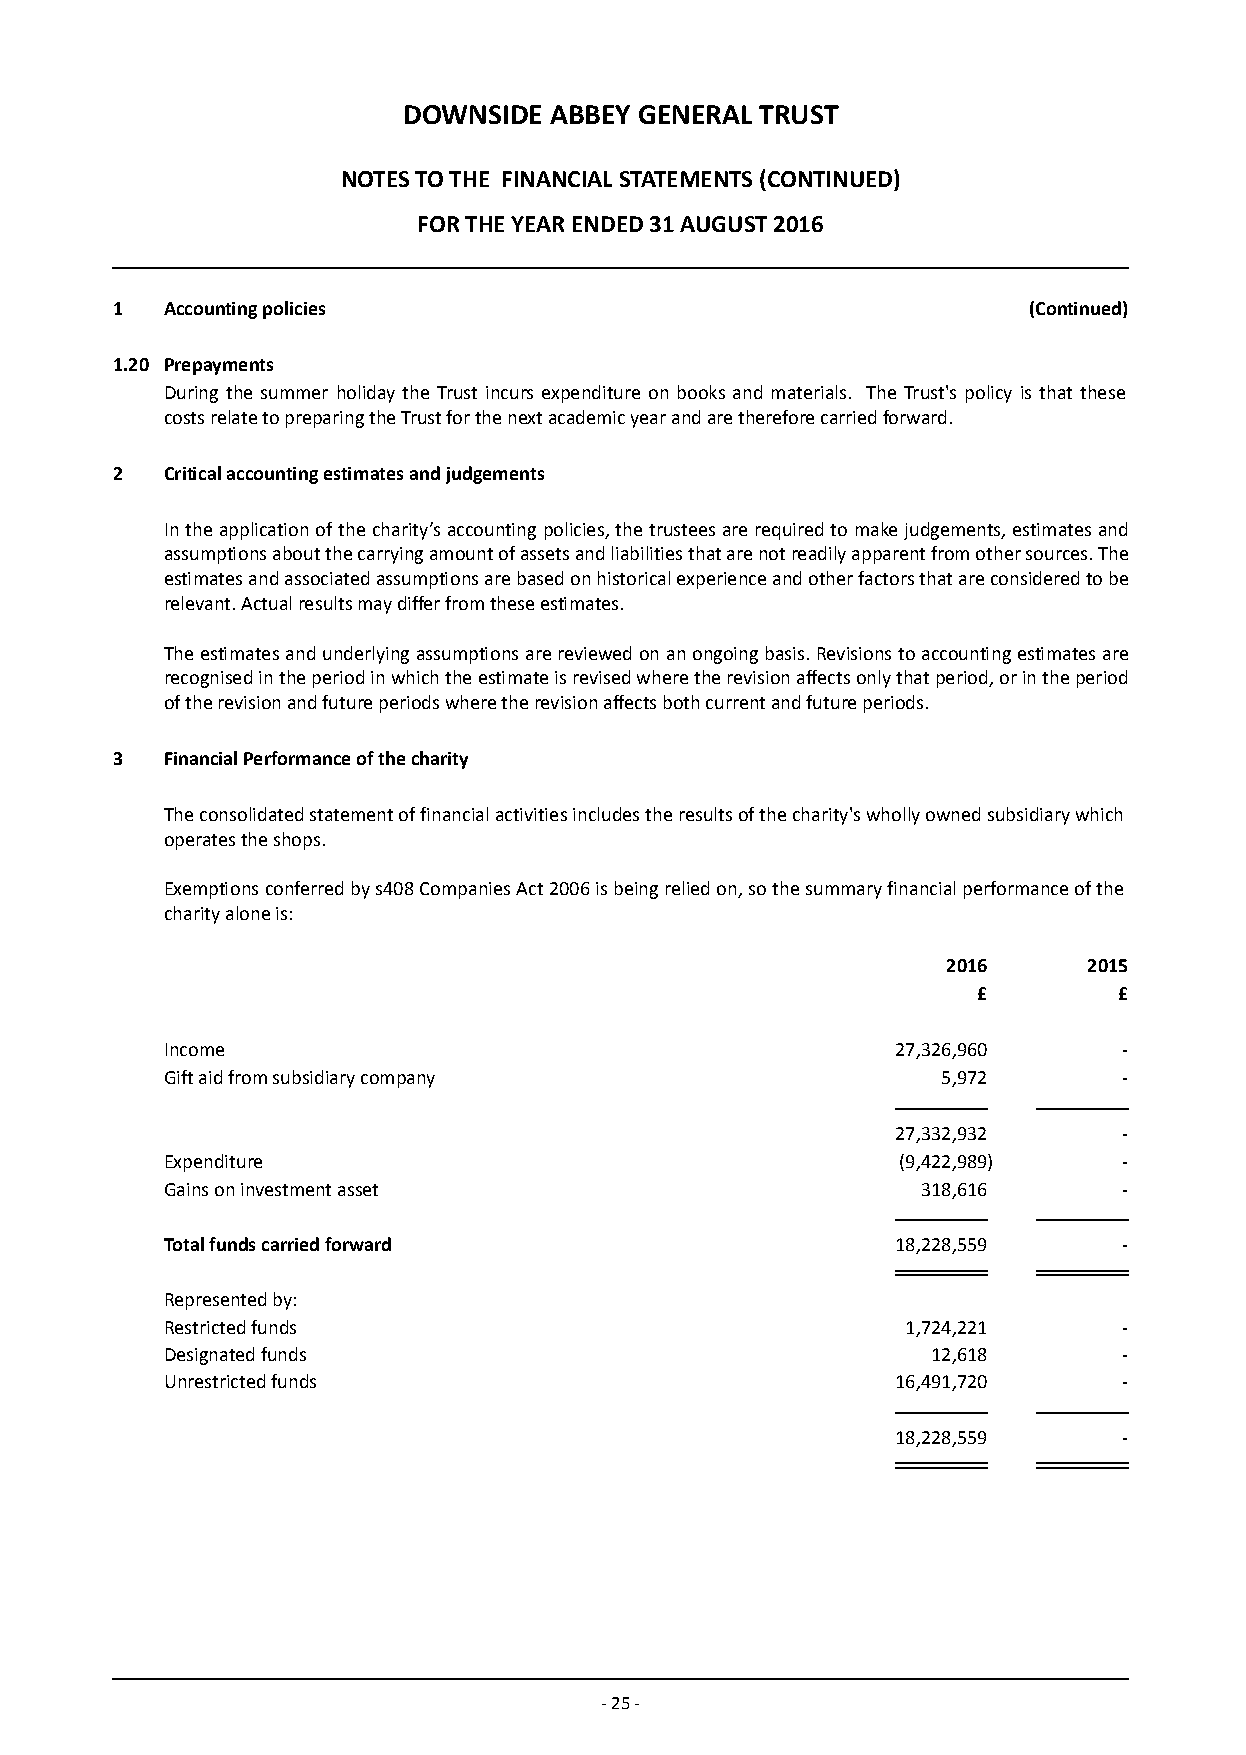
DOWNSIDE ABBEY GENERAL TRUST
 NOTES TO THE FINANCIAL STATEMENTS (CONTINUED)
 FOR THE YEAR ENDED 31 AUGUST 2016
 1   Accounting policies                                      (Continued)
 1.20 Prepayments
 During the summer holiday the Trust incurs expenditure on books and materials. The Trust's policy is that these
 costs relate to preparing the Trust for the next academic year and are therefore carried forward.
 2   Critical accounting estimates and judgements
 In the application of the charity’s accounting policies, the trustees are required to make judgements, estimates and
 assumptions about the carrying amount of assets and liabilities that are not readily apparent from other sources. The
 estimates and associated assumptions are based on historical experience and other factors that are considered to be
 relevant. Actual results may differ from these estimates.
 The estimates and underlying assumptions are reviewed on an ongoing basis. Revisions to accounting estimates are
 recognised in the period in which the estimate is revised where the revision affects only that period, or in the period
 of the revision and future periods where the revision affects both current and future periods.
 3   Financial Performance of the charity
 The consolidated statement of financial activities includes the results of the charity's wholly owned subsidiary which
 operates the shops.
 Exemptions conferred by s408 Companies Act 2006 is being relied on, so the summary financial performance of the
 charity alone is:
 2016     2015
 £        £
 Income                                          27,326,960     -
 Gift aid from subsidiary company                   5,972       -
 27,332,932     -
 Expenditure                                     (9,422,989)    -
 Gains on investment asset                         318,616      -
 Total funds carried forward                     18,228,559     -
 Represented by:
 Restricted funds                                 1,724,221     -
 Designated funds                                   12,618      -
 Unrestricted funds                              16,491,720     -
 18,228,559     -
 - 25 -